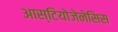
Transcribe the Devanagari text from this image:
आस्टियोजेनेसिस